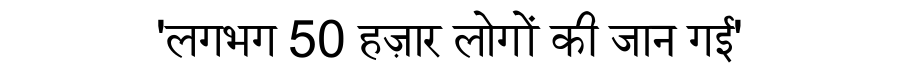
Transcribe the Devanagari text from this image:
'लगभग 50 हज़ार लोगों की जान गई'